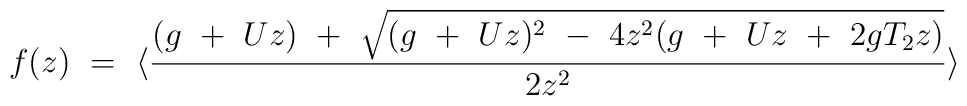
f(z)\ =\ \langle {(g\ +\ U z)\ +\ \sqrt{(g\ +\ U z)^2 \ -\ 4 z^2 (g\ +\ U z\ +\ 2 g T_2 z)} \over 2 z^2} \rangle